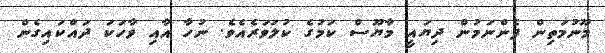
މޫނުމަތިން ފެންނަމުން ދިޔައީ މާޔޫސް ކަމުގެ ކުލަވަރެއެވެ. ނުހާ އާއި ވާހަކަ ދައްކައިގެން